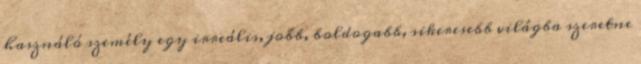
használó személy egy irreális, jobb, boldogabb, sikeresebb világba szeretne